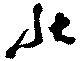
状